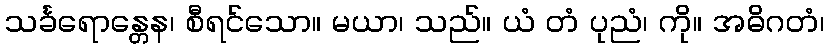
သင်္ခရောန္တေန၊ စီရင်သော။ မယာ၊ သည်။ ယံ တံ ပုညံ၊ ကို။ အဓိဂတံ၊